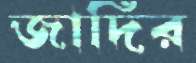
জাদির